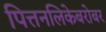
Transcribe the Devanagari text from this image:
पित्तनलिकेबरोबर